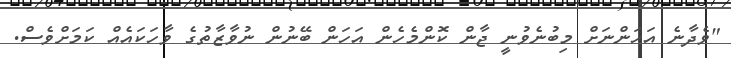
"ވެދާނެ އަހަންނަށް މިބުނެވުނީ ޖާން ކޮންމެހެން އަހަން ބޭނުން ނުވާޒާތުގެ ވާހަކައެއް ކަމަށްވެސް.